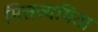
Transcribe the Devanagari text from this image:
मित्तव्ययिता